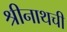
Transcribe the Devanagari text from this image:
श्रीनाथची